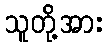
သူတို့အား